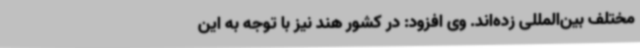
مختلف بین‌المللی زده‌اند. وی افزود: در کشور هند نیز با توجه به این